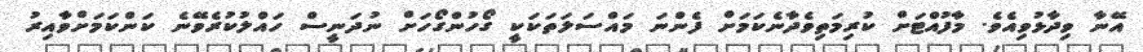
އޭނާ ވިދާޅުވިއެވެ. މާފުއްޓަށް ކުރިމަތިވެދާނެކަމަށް ފެންނަ މައްސަލަތަކަކީ ގޯހުންގޯހަށް ނުދަނީސް ހައްލުކުރެވޭނެ ކަންކަމަށްވާއިރު